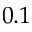
0 . 1